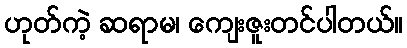
ဟုတ်ကဲ့ ဆရာမ၊ ကျေးဇူးတင်ပါတယ်။